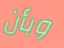
وبأن